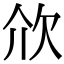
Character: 㰡